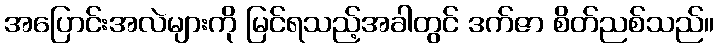
အပြောင်းအလဲများကို မြင်ရသည့်အခါတွင် ဒက်ဇာ စိတ်ညစ်သည်။